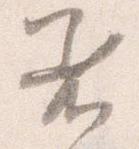
着